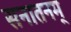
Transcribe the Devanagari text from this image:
सनातनम्